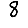
Digit: 8